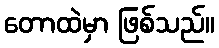
တောထဲမှာ ဖြစ်သည်။